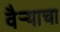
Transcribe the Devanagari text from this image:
वैऱ्याचा